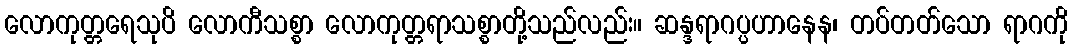
လောကုတ္တရေသုပိ လောကီသစ္စာ လောကုတ္တရာသစ္စာတို့သည်လည်း။ ဆန္ဒရာဂပ္ပဟာနေန၊ တပ်တတ်သော ရာဂကို